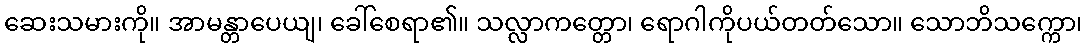
ဆေးသမားကို။ အာမန္တာပေယျ၊ ခေါ်စေရာ၏။ သလ္လာကတ္တော၊ ရောဂါကိုပယ်တတ်သော။ သောဘိသက္ကော၊